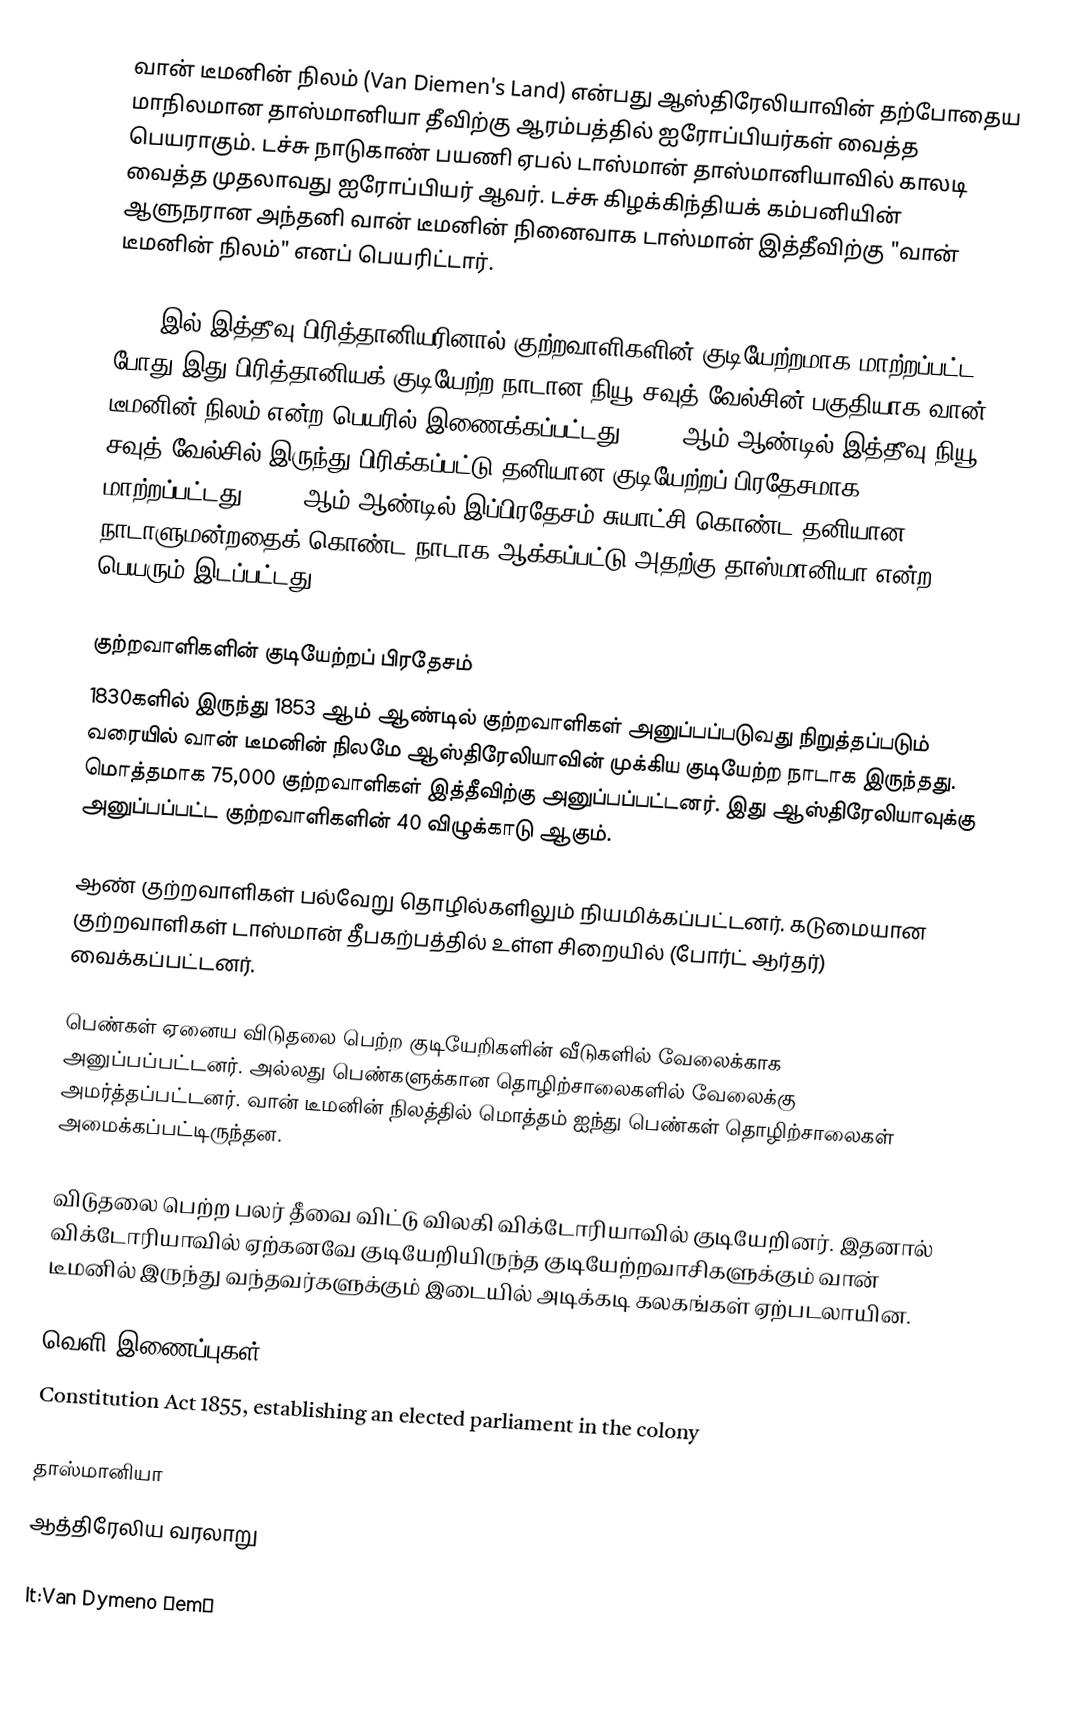
வான் டீமனின் நிலம் (Van Diemen's Land) என்பது ஆஸ்திரேலியாவின் தற்போதைய மாநிலமான தாஸ்மானியா தீவிற்கு ஆரம்பத்தில் ஐரோப்பியர்கள் வைத்த பெயராகும். டச்சு நாடுகாண் பயணி ஏபல் டாஸ்மான் தாஸ்மானியாவில் காலடி வைத்த முதலாவது ஐரோப்பியர் ஆவர். டச்சு கிழக்கிந்தியக் கம்பனியின் ஆளுநரான அந்தனி வான் டீமனின் நினைவாக டாஸ்மான் இத்தீவிற்கு "வான் டீமனின் நிலம்" எனப் பெயரிட்டார்.

1803 இல் இத்தீவு பிரித்தானியரினால் குற்றவாளிகளின் குடியேற்றமாக மாற்றப்பட்ட போது இது பிரித்தானியக் குடியேற்ற நாடான  நியூ சவுத் வேல்சின் பகுதியாக வான் டீமனின் நிலம் என்ற பெயரில் இணைக்கப்பட்டது. 1824 ஆம் ஆண்டில் இத்தீவு நியூ சவுத் வேல்சில் இருந்து பிரிக்கப்பட்டு தனியான குடியேற்றப் பிரதேசமாக மாற்றப்பட்டது. 1856 ஆம் ஆண்டில் இப்பிரதேசம் சுயாட்சி கொண்ட தனியான நாடாளுமன்றதைக் கொண்ட நாடாக ஆக்கப்பட்டு அதற்கு தாஸ்மானியா என்ற பெயரும் இடப்பட்டது.

குற்றவாளிகளின் குடியேற்றப் பிரதேசம்
1830களில் இருந்து 1853 ஆம் ஆண்டில் குற்றவாளிகள் அனுப்பப்படுவது நிறுத்தப்படும் வரையில் வான் டீமனின் நிலமே ஆஸ்திரேலியாவின் முக்கிய குடியேற்ற நாடாக இருந்தது. மொத்தமாக 75,000 குற்றவாளிகள் இத்தீவிற்கு அனுப்பப்பட்டனர். இது ஆஸ்திரேலியாவுக்கு அனுப்பப்பட்ட குற்றவாளிகளின் 40 விழுக்காடு ஆகும்.

ஆண் குற்றவாளிகள் பல்வேறு தொழில்களிலும் நியமிக்கப்பட்டனர். கடுமையான குற்றவாளிகள் டாஸ்மான் தீபகற்பத்தில் உள்ள சிறையில் (போர்ட் ஆர்தர்) வைக்கப்பட்டனர்.

பெண்கள் ஏனைய விடுதலை பெற்ற குடியேறிகளின் வீடுகளில் வேலைக்காக அனுப்பப்பட்டனர். அல்லது பெண்களுக்கான தொழிற்சாலைகளில் வேலைக்கு அமர்த்தப்பட்டனர். வான் டீமனின் நிலத்தில் மொத்தம் ஐந்து பெண்கள் தொழிற்சாலைகள் அமைக்கப்பட்டிருந்தன.

விடுதலை பெற்ற பலர் தீவை விட்டு விலகி விக்டோரியாவில் குடியேறினர். இதனால் விக்டோரியாவில் ஏற்கனவே குடியேறியிருந்த குடியேற்றவாசிகளுக்கும் வான் டீமனில் இருந்து வந்தவர்களுக்கும் இடையில் அடிக்கடி கலகங்கள் ஏற்படலாயின.

வெளி இணைப்புகள்
Constitution Act 1855, establishing an elected parliament in the colony

தாஸ்மானியா
ஆத்திரேலிய வரலாறு

lt:Van Dymeno Žemė